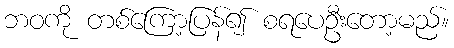
ဘဝကို တစ်ကြော့ပြန်၍ စရပေဦးတော့မည်။